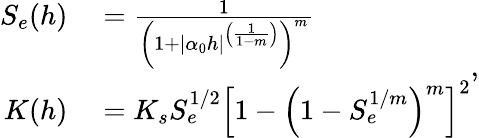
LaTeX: \begin{array}{rl}{S_{e}(h)}&{{}=\frac{1}{\left(1+|\alpha_{0}h|^{\left(\frac{1}{1-m}\right)}\right)^{m}}}\\ {K(h)}&{{}=K_{s}S_{e}^{1/2}\left[1-\left(1-S_{e}^{1/m}\right)^{m}\right]^{2}}\end{array},